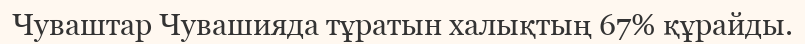
Чуваштар Чувашияда тұратын халықтың 67% құрайды.